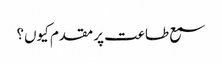
سمع طاعت پر مقدم کیوں؟